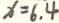
x = 6 . 4